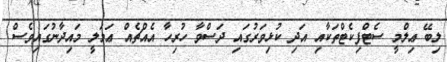
ލިބޭ ޢިލްމީ ސެޓްފިކެޓްތަކާއި އަދި ކުޅިވަރުގައި ދަސްވާ ހުރިހާ އެއްޗެއް ޢަމަލީ މައިދާނުގައިވެސް